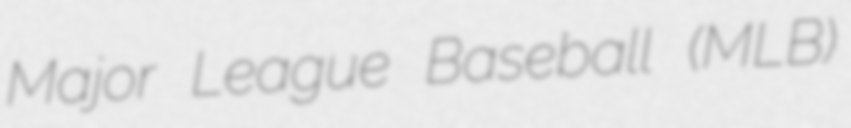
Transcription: Major League Baseball (MLB)